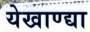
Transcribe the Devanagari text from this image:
येखाण्द्या